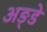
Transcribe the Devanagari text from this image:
अङ्डे